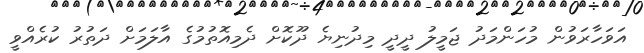
އަވަހާރަވުން މުހަންމަދު ޖަމީލު ދީދީ މިދުނިޔެ ދޫކޮށް ދެމިއޮތުމުގެ އާލަމަށް ދަތުރު ކުރެއްވީ